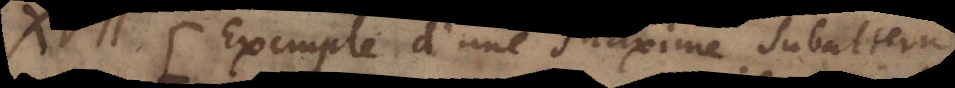
− XVII. Exemple d’une maxime subalterne